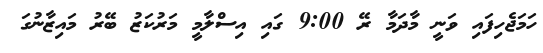
ހަމަޖެހިފައި ވަނީ މާދަމާ ރޭ 9:00 ގައި އިސްލާމީ މަރުކަޒު ބޭރު މައިޒާނުގަ